Some observations on the morphology and mechanism of the parts in the orthorrapha - Number 58
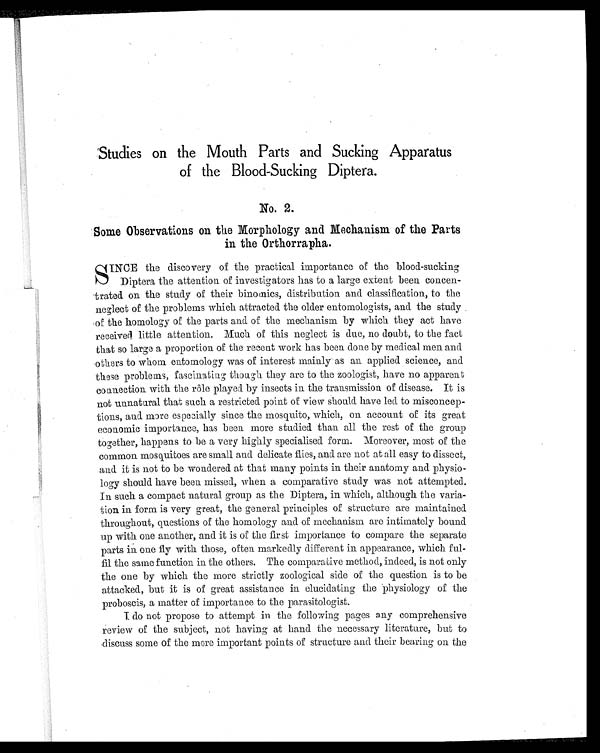
Studies on the Mouth Parts and Sucking Apparatus
of the Blood-Sucking Diptera.
No. 2.
Some Observations on the Morphology and Mechanism of the Parts
in the Orthorrapha.
SINCE the discovery of the practical importance of the blood-sucking
Diptera the attention of investigators has to a large extent been concen-
trated on the study of their binomics, distribution and classification, to the
neglect of the problems which attracted the older entomologists, and the study
of the homology of the parts and of the mechanism by which they act have
received little attention. Much of this neglect is due, no doubt, to the fact
that so large a proportion of the recent work has been done by medical men and
others to whom entomology was of interest mainly as an applied science, and
these problems, fascinating though they are to the zoologist, have no apparent
connection with the rôle played by insects in the transmission of disease. It is
not unnatural that such a restricted point of view should have led to misconcep-
tions, and more especially since the mosquito, which, on account of its great
economic importance, has been more studied than all the rest of the group
together, happens to be a very highly specialised form. Moreover, most of the
common mosquitoes are small and delicate flies, and are not at all easy to dissect,
and it is not to be wondered at that many points in their anatomy and physio-
logy should have been missed, when a comparative study was not attempted.
In such a compact natural group as the Diptera, in which, although the varia-
tion in form is very great, the general principles of structure are maintained
throughout, questions of the homology and of mechanism are intimately bound
up with one another, and it is of the first importance to compare the separate
parts one fly with those, often. markedly different in appearance, which ful-
fil the same function in the others. The comparative method, indeed, is not only
the one by which the more strictly zoological side of the question is to be
attacked, but it is of great assistance in elucidating the physiology of the
proboscis, a matter of importance to the parasitologist.
I do not propose to attempt in the following pages any comprehensive
review of the subject, not having at hand the necessary literature, but to
discuss some of the more important points of structure and their bearing on the